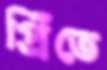
প্রিঁতে